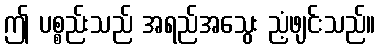
ဤ ပစ္စည်းသည် အရည်အသွေး ညံ့ဖျင်းသည်။